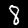
Digit: 8